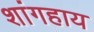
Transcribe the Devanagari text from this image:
शांगहाय